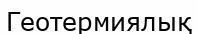
Геотермиялық